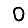
Digit: 0